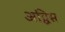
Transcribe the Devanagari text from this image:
अद्विस